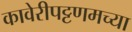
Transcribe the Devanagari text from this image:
कावेरीपट्टणमच्या